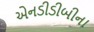
એનડીડીબીના